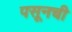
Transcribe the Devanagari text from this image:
पसूनची